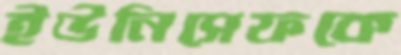
ইউনিসেফকে